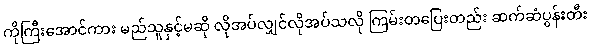
ကိုကြီးအောင်ကား မည်သူနှင့်မဆို လိုအပ်လျှင်လိုအပ်သလို ကြမ်းတပြေးတည်း ဆက်ဆံပွန်းတီး